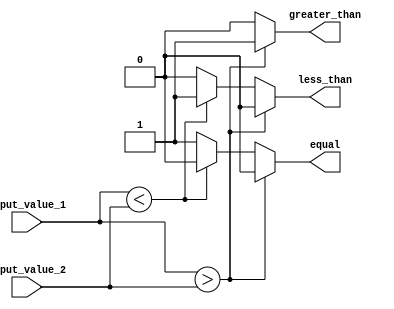
module arithmetic_inequality_comparator (
    input wire [7:0] input_value_1,
    input wire [7:0] input_value_2,
    output wire greater_than,
    output wire less_than,
    output wire equal
);

reg [7:0] result;

always @(*) begin
    if (input_value_1 > input_value_2) begin
        greater_than = 1;
        less_than = 0; 
        equal = 0;
    end else if (input_value_1 < input_value_2) begin
        greater_than = 0;
        less_than = 1; 
        equal = 0;
    end else begin
        greater_than = 0;
        less_than = 0; 
        equal = 1;
    end
end

endmodule